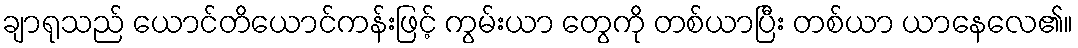
ချာရုသည် ယောင်တိယောင်ကန်းဖြင့် ကွမ်းယာ တွေကို တစ်ယာပြီး တစ်ယာ ယာနေလေ၏။